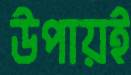
উপায়ই